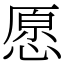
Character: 愿